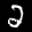
Label: 2